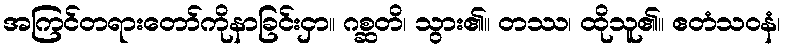
အကြင်တရားတော်ကိုနာခြင်းငှာ။ ဂစ္ဆတိ၊ သွား၏။ တဿ၊ ထိုသူ၏။ ဧတံသဝနံ၊